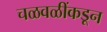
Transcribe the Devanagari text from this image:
चळवळींकडून